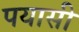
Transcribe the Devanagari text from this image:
पयासी